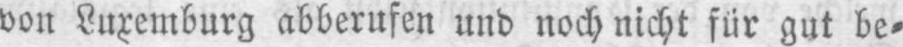
von Luxemburg abberufen und noch nicht für gut be⸗